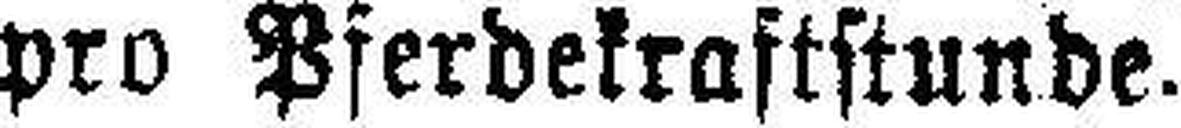
pro Pferdekraftstunde.